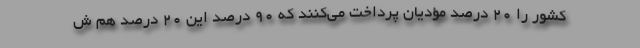
كشور را 20 درصد مؤدیان پرداخت می‌كنند كه 90 درصد این 20 درصد هم ش